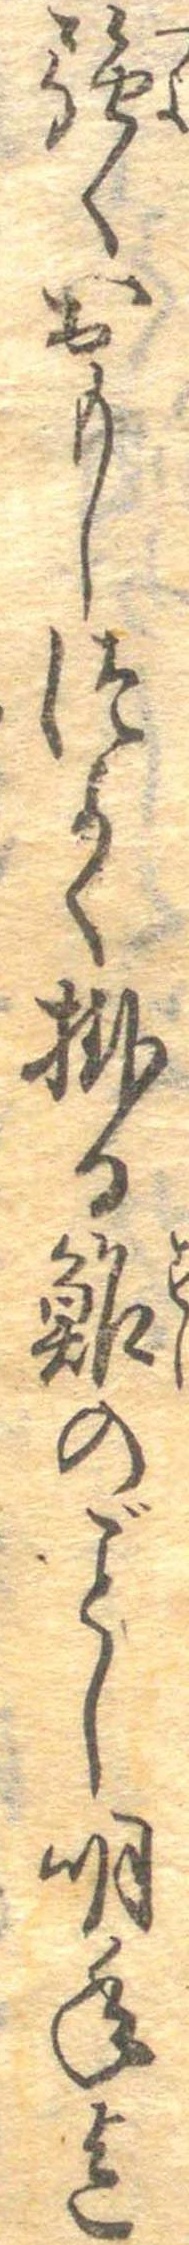
強くおもしつよく掛る鮓のごとし明年迄